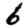
Digit: 6